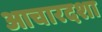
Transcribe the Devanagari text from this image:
आचारदशा